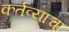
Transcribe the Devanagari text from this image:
कर्तव्याचा